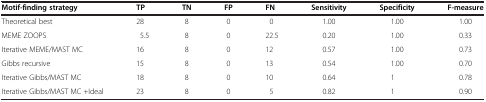
<table><thead><tr><td><b>Motif-finding strategy</b></td><td><b>TP</b></td><td><b>TN</b></td><td><b>FP</b></td><td><b>FN</b></td><td><b>Sensitivity</b></td><td><b>Specificity</b></td><td><b>F-measure</b></td></tr></thead><tbody><tr><td>Theoretical best</td><td>28</td><td>8</td><td>0</td><td>0</td><td>1.00</td><td>1.00</td><td>1.00</td></tr><tr><td>MEME ZOOPS</td><td>5.5</td><td>8</td><td>0</td><td>22.5</td><td>0.20</td><td>1.00</td><td>0.33</td></tr><tr><td>Iterative MEME/MAST MC</td><td>16</td><td>8</td><td>0</td><td>12</td><td>0.57</td><td>1.00</td><td>0.73</td></tr><tr><td>Gibbs recursive</td><td>15</td><td>8</td><td>0</td><td>13</td><td>0.54</td><td>1.00</td><td>0.70</td></tr><tr><td>Iterative Gibbs/MAST MC</td><td>18</td><td>8</td><td>0</td><td>10</td><td>0.64</td><td>1</td><td>0.78</td></tr><tr><td>Iterative Gibbs/MAST MC +Ideal</td><td>23</td><td>8</td><td>0</td><td>5</td><td>0.82</td><td>1</td><td>0.90</td></tr></tbody></table>